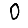
Digit: 0